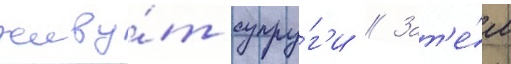
живу́т супру́г'и // Зат'е́м